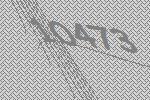
10473